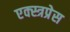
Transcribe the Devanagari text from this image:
एक्स्त्रप्रेस